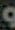
و